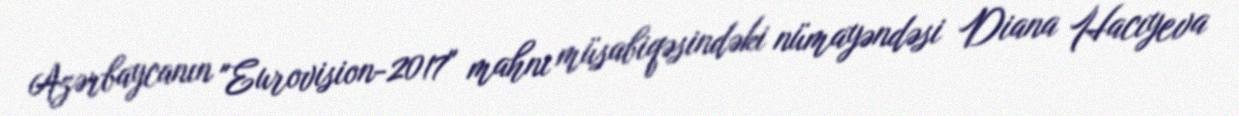
Azərbaycanın "Eurovision-2017" mahnı müsabiqəsindəki nümayəndəsi Diana Hacıyeva